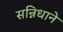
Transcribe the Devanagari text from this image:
सन्निधाने